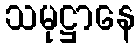
သမုဋ္ဌာနေ